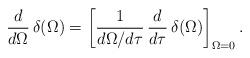
LaTeX: \begin{align*}{d \over d\Omega}\, \delta (\Omega)= \left[ {1 \over d\Omega/d\tau}\,{d \over d\tau}\,\delta (\Omega) \right]_{\Omega=0}.\end{align*}